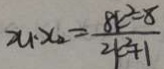
x _ { 1 } \cdot x _ { 2 } = \frac { 8 k ^ { 2 } - 8 } { 2 k ^ { 2 } + 1 }